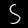
Label: 5